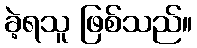
ခဲ့ရသူ ဖြစ်သည်။